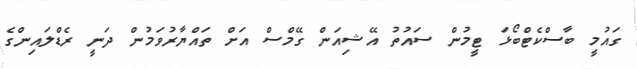
ގައުމީ ބާސްކެޓްބޯޅަ ޓީމުން ސައުތު އޭޝިއަން ގޭމްސް އަށް ތައްޔާރުވަމުން ދަނީ ރެޑްލަައިންގެ